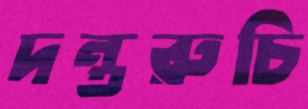
দন্তরুচি